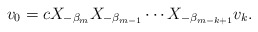
\begin{align*} v_0 = c X_{- \beta _m } X_{- \beta _{m-1}} \cdots X_{- \beta _{m-k+1}} v_k.\end{align*}